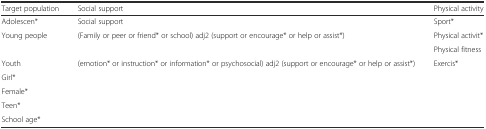
<table><thead><tr><td><b>Target population</b></td><td><b>Social support</b></td><td><b>Physical activity</b></td></tr></thead><tbody><tr><td>Adolescen*</td><td>Social support</td><td>Sport*</td></tr><tr><td rowspan="2">Young people</td><td rowspan="2">(Family or peer or friend* or school) adj2 (support or encourage* or help or assist*)</td><td>Physical activit*</td></tr><tr><td>Physical fitness</td></tr><tr><td>Youth</td><td rowspan="5">(emotion* or instruction* or information* or psychosocial) adj2 (support or encourage* or help or assist*)</td><td rowspan="5">Exercis*</td></tr><tr><td>Girl*</td></tr><tr><td>Female*</td></tr><tr><td>Teen*</td></tr><tr><td>School age*</td></tr></tbody></table>